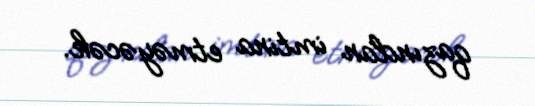
qazından imtina etməyəcək.